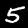
Label: 5